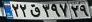
۲۲ق۳۹۷۲۹